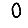
Digit: 0